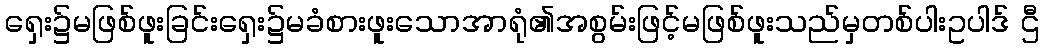
ရှေး၌မဖြစ်ဖူးခြင်းရှေး၌မခံစားဖူးသောအာရုံ၏အစွမ်းဖြင့်မဖြစ်ဖူးသည်မှတစ်ပါးဥပါဒ် ဌီ